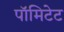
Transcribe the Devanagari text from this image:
पॉमिटेट